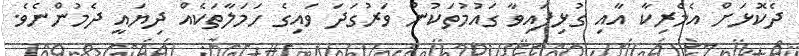
ދެކޮޅަށް އެމެރިކާ އާއި ގުޅިފައިވާ ގައުމުތަކުން ވަރުގަދަ ވައިގެ ހަމަލާތަކެއް ދިޔައީ ދެމުންނެވެ.